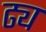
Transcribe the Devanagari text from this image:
ढ्य